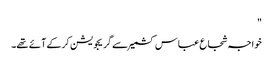
"
خواجہ شجاع عباس کشمیر سے گریجویشن کرکے آئے تھے۔